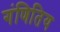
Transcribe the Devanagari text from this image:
गंणितिय